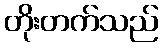
တိုးတက်သည်